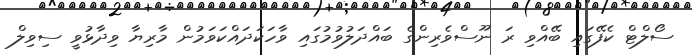
ސޯލްޓް ކެފޭގައި ބޭއްވި ރަ ނޫސްވެރިންގެ ބައްދަލުވުމުގައި ވާހަކަދައްކަވަމުން މާރިޔާ ވިދާޅުވީ ސިވިލް